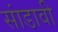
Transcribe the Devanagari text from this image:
सांडावी